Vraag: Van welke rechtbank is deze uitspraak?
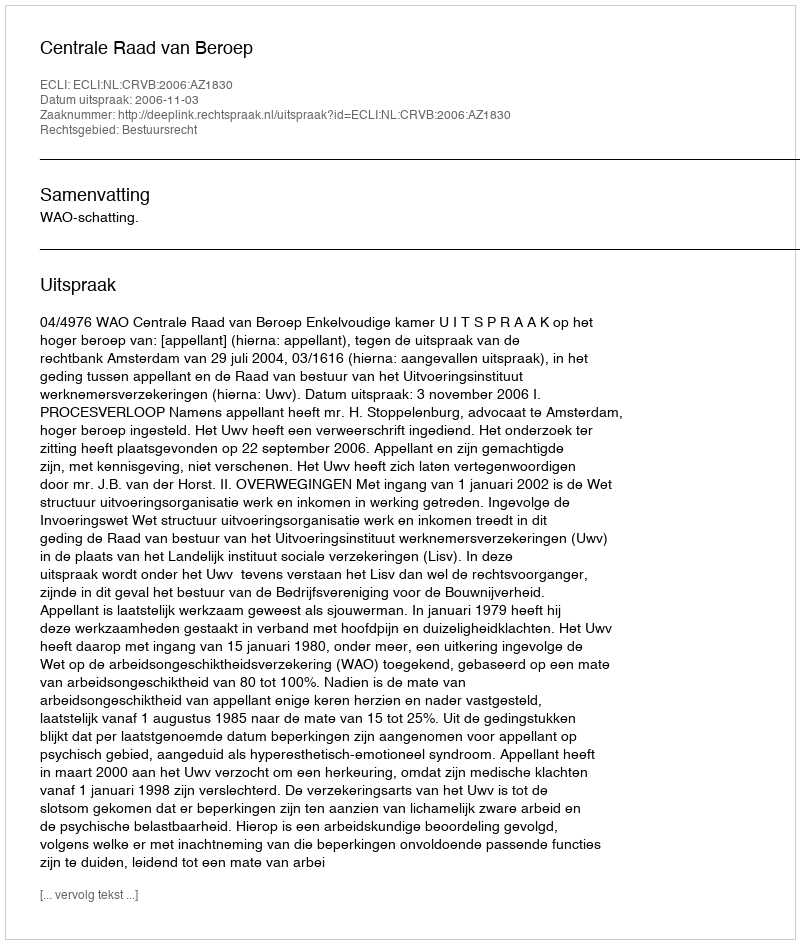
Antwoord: Centrale Raad van Beroep